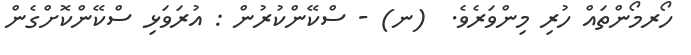
ހޯރމޯންތައް ހުރި މިންވަރެވެ.  (ނ) - ސްކޭންކުރުން : އުރަވަޅި ސްކޭންކޮށްގެން